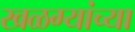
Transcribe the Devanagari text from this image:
खळग्यांच्या